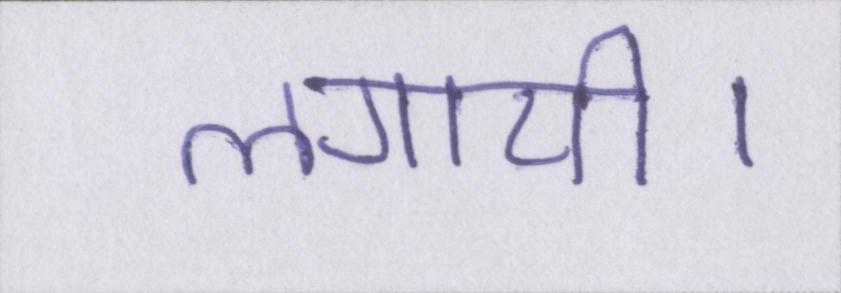
लगायी।